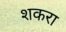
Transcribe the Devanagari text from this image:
शकरा